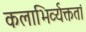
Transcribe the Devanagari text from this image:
कलाभिर्व्यक्ततां